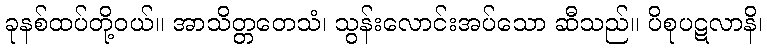
ခုနစ်ထပ်တို့ဝယ်။ အာသိတ္တတေသံ၊ သွန်းလောင်းအပ်သော ဆီသည်။ ပိစုပဋလာနိ၊